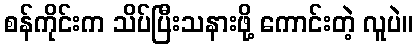
စန်ကိုင်းက သိပ်ပြီးသနားဖို့ ကောင်းတဲ့ လူပဲ။